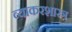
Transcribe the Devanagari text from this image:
व्याकरशास्त्र